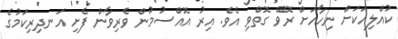
ކުއްލިއަކަށް ނިހާއަށް ރޮވޭ ގޮތްވި އެވެ. އިރު އޮއްސުމުން ވެރިވާން ފެށި އަނދިރިކަމުގެ